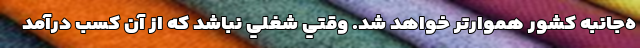
ه‌جانبه کشور هموارتر خواهد شد. وقتي شغلي نباشد كه از آن كسب درآمد